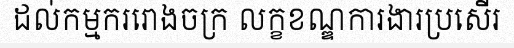
ដល់កម្មកររោងចក្រ លក្ខខណ្ឌការងារប្រសើរ